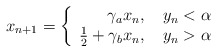
\begin{align*} x_{n+1}= \left \{ \begin{array}{r c l} \gamma_a x_n, \ \ \ y_n<\alpha \\ \frac12+\gamma_bx_n, \ \ \ y_n>\alpha\\ \end{array} \right.\end{align*}